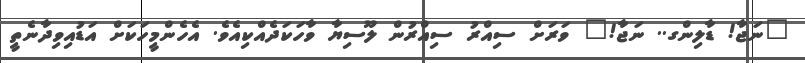
"ނަޖާ! ޑާލިންގ.. ނަޖާ!" ވަރަށް ސިއްރު ސިއްރުން ލޫސިޔާ ވާހަކަދެއްކިއެވެ. އެހެންމީހަކަށް އަޑުއިވިދާނެތީ